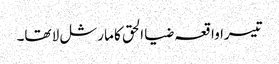
تیسرا واقعہ ضیا الحق کا مارشل لا تھا۔